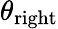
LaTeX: \theta_{\mathrm{right}}